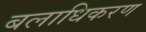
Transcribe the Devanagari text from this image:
बलाधिकरण